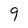
Character: 9